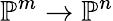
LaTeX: \mathbb{P}^{m}\to\mathbb{P}^{n}